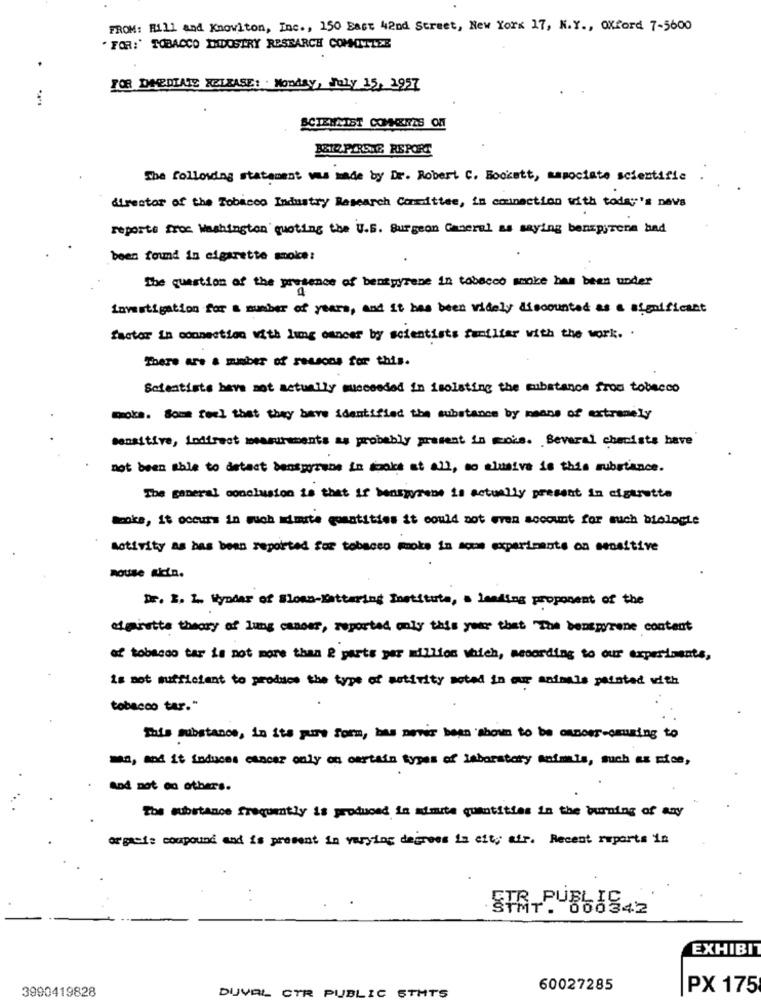
FROM: Bill and Knowlton, Inc ., 150 East 42nd Street, New York 17, N.Y ., Oxford 7-5600
. FOR:' TOBACCO IMDOSTRY RESEARCH COMMITLEE
FOR DAEDLATE RELEASE: Monday, July 15, 1957
SCIENTIST COMKERES OM
BENQ.PERTHE REPORT
The following statement was made by Dr. Robert C. Bockett, associato scientific
director of the Tobacco Industry Research Committee, in connection with today's navs
reports from Washington quoting the U.S. Burgeon Cameral as saying benspirona bad
been found in cigarette smoke:
The question of the presence of bentpyrene in tobacco smoke has been under
investigation for a number of years, and it has been widely discounted as a significant
factor in connection with lung cancer by scientists familiar with the work. .
There are & minber of reasons for this.
Scientists have not actually succeeded in isolating the substance from tobacco
moke. Some feel that they have identified the substance by means of extremely
sensitive, indirect measurements au probably present in mois. Several chemists have
not been able to detect benspyrene in sooks at all, so elusive is this substance.
The general conclusion is that if benspyrene is actually present in cigarette
Spoke, it occurs in such mimite gountities it could not even account for such biologie
Activity as bas been reported for tobacco moke in some experiments on sensitive
noUse Ricin.
Dr. E. L. Syndar of Sloan Kettering Institute, a leading proposent of the
of pratte theory of lung cancer, reported mely this your that "The benepyrene content
of tobacco tar is not more than & parts per million which, according to our experiments,
is not sufficient to produce the type of activity soted in our animals painted with
tobacco tar."
This substance, in its pure form, bas news been shown to be omnoer-omusing to
man, and it induces cancer only on certain types of laboratory safmls, such as mice,
And not on others.
The substance frequently is produced in admite quantities in the burning of any
orgaei: compound and is present in varying degrees in city afr. Recent reports in
STRTPU560842
EXHIBIT
3990419828
DUVAL CTR PUBLIC STATS
60027285
PX 175